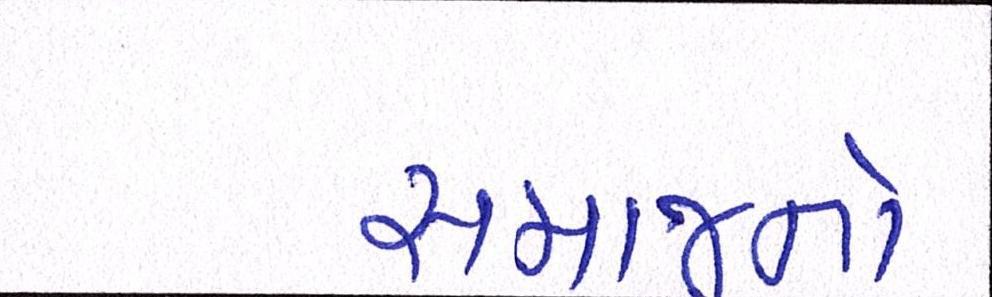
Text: સમાજનો